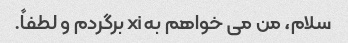
سلام، من می خواهم به xi برگردم و لطفاً.